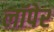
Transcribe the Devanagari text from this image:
लॉपेर